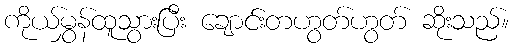
ကိုယ်မွှန်ထူသွားပြီး ချောင်းတဟွတ်ဟွတ် ဆိုးသည်။